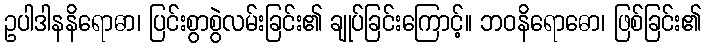
ဥပါဒါနနိရောဓာ၊ ပြင်းစွာစွဲလမ်းခြင်း၏ ချုပ်ခြင်းကြောင့်။ ဘဝနိရောဓော၊ ဖြစ်ခြင်း၏